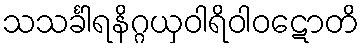
သသင်္ခါရနိဂ္ဂယှဝါရိဝါဝဋောတိ